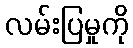
လမ်းပြမှုကို